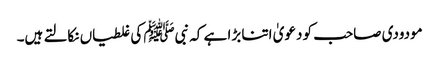
مودودی صاحب کو دعویٰ اتنا بڑا ہے کہ نبیﷺ کی غلطیاں نکالتے ہیں۔